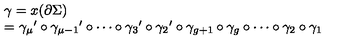
\left. \begin{array} { l } { \gamma = x ( \partial \Sigma ) } \\ { = { \gamma _ { \mu } } ^ { \prime } \circ { \gamma _ { \mu - 1 } } ^ { \prime } \circ \cdots \circ { \gamma _ { 3 } } ^ { \prime } \circ { \gamma _ { 2 } } ^ { \prime } \circ \gamma _ { g + 1 } \circ \gamma _ { g } \circ \cdots \circ \gamma _ { 2 } \circ \gamma _ { 1 } } \\ \end{array} \right.